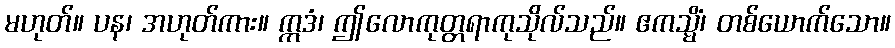
မဟုတ်။ ပန၊ အဟုတ်ကား။ ဣဒံ၊ ဤလောကုတ္တရာကုသိုလ်သည်။ ဧကသ္မိံ၊ တစ်ယောက်သော။